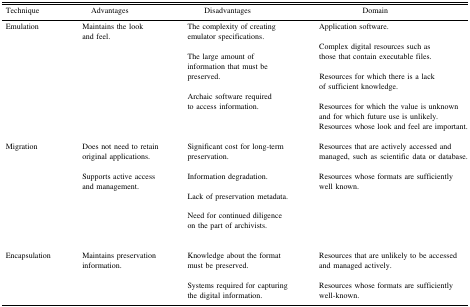
<table><thead><tr><td><b>Technique</b></td><td><b>Advantages</b></td><td><b>Disadvantages</b></td><td><b>Domain</b></td></tr></thead><tbody><tr><td>Emulation</td><td>Maintains the look and feel.</td><td>The complexity of creating emulator specifications.The large amount of information that must be preserved.Archaic software required to access information.</td><td>Application software.Complex digital resources such as those that contain executable files.Resources for which there is a lack of sufficient knowledge.Resources for which the value is unknown and for which future use is unlikely.Resources whose look and feel are important.</td></tr><tr><td>Migration</td><td>Does not need to retain original applications.Supports active access and management.</td><td>Significant cost for long-term preservation.Information degradation.Lack of preservation metadata.Need for continued diligence on the part of archivists.</td><td>Resources that are actively accessed and managed, such as scientific data or database.Resources whose formats are sufficiently well known.</td></tr><tr><td>Encapsulation</td><td>Maintains preservation information.</td><td>Knowledge about the format must be preserved.Systems required for capturing the digital information.</td><td>Resources that are unlikely to be accessed and managed actively.Resources whose formats are sufficiently well-known.</td></tr></tbody></table>